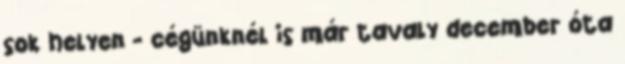
sok helyen - cégünknél is már tavaly december óta